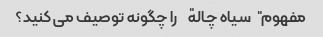
مفهوم "سیاه چاله" را چگونه توصیف می کنید؟